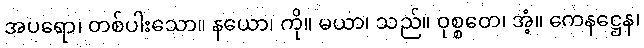
အပရော၊ တစ်ပါးသော။ နယော၊ ကို။ မယာ၊ သည်။ ဝုစ္စတေ၊ အံ့။ ကေနဋ္ဌေန၊